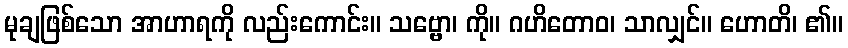
မုချဖြစ်သော အာဟာရကို လည်းကောင်း။ သဗ္ဗော၊ ကို။ ဂဟိတောဝ၊ သာလျှင်။ ဟောတိ၊ ၏။